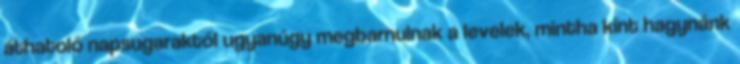
áthatoló napsugaraktól ugyanúgy megbarnulnak a levelek, mintha kint hagynánk